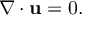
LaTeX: { \nabla \cdot \mathbf { u } } = 0 .